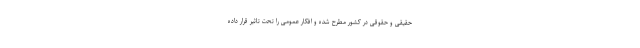
حقیقی و حقوقی در کشور مطرح شده و افکار عمومی را تحت تاثیر قرار داده